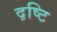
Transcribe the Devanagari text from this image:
द़ष्टि